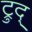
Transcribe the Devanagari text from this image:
ट्रुद्